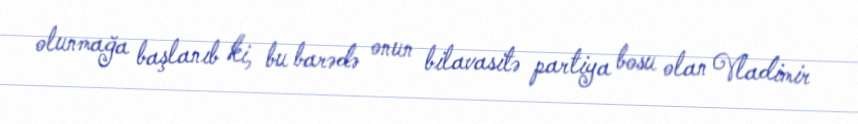
olunmağa başlanıb ki, bu barədə onun bilavasitə partiya bosu olan Vladimir